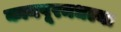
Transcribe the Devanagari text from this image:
कानपूरमधल्या